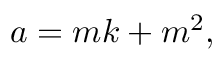
a = m k + m ^ { 2 } ,